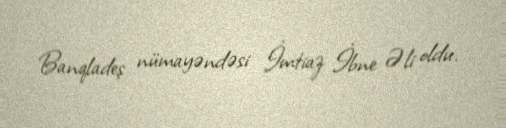
Banqladeş nümayəndəsi İmtiaz İbne Əli oldu.